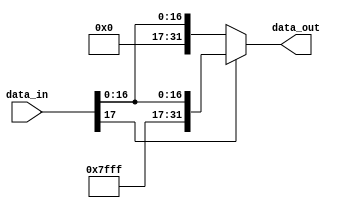
//////////////////////////////////////////////////////////////////////////////////
// 
// Project Name: Static Pipeline CPU with 54 Instructions Based on MIPS Architecture
//////////////////////////////////////////////////////////////////////////////////

`timescale 1ns / 1ns

module extend_sign_18_32 (
    input [17:0] data_in,
    output [31:0] data_out
    );

    assign data_out = (data_in[17] == 0) ? {14'b0, data_in} : {14'b11111111111111, data_in};
    
endmodule